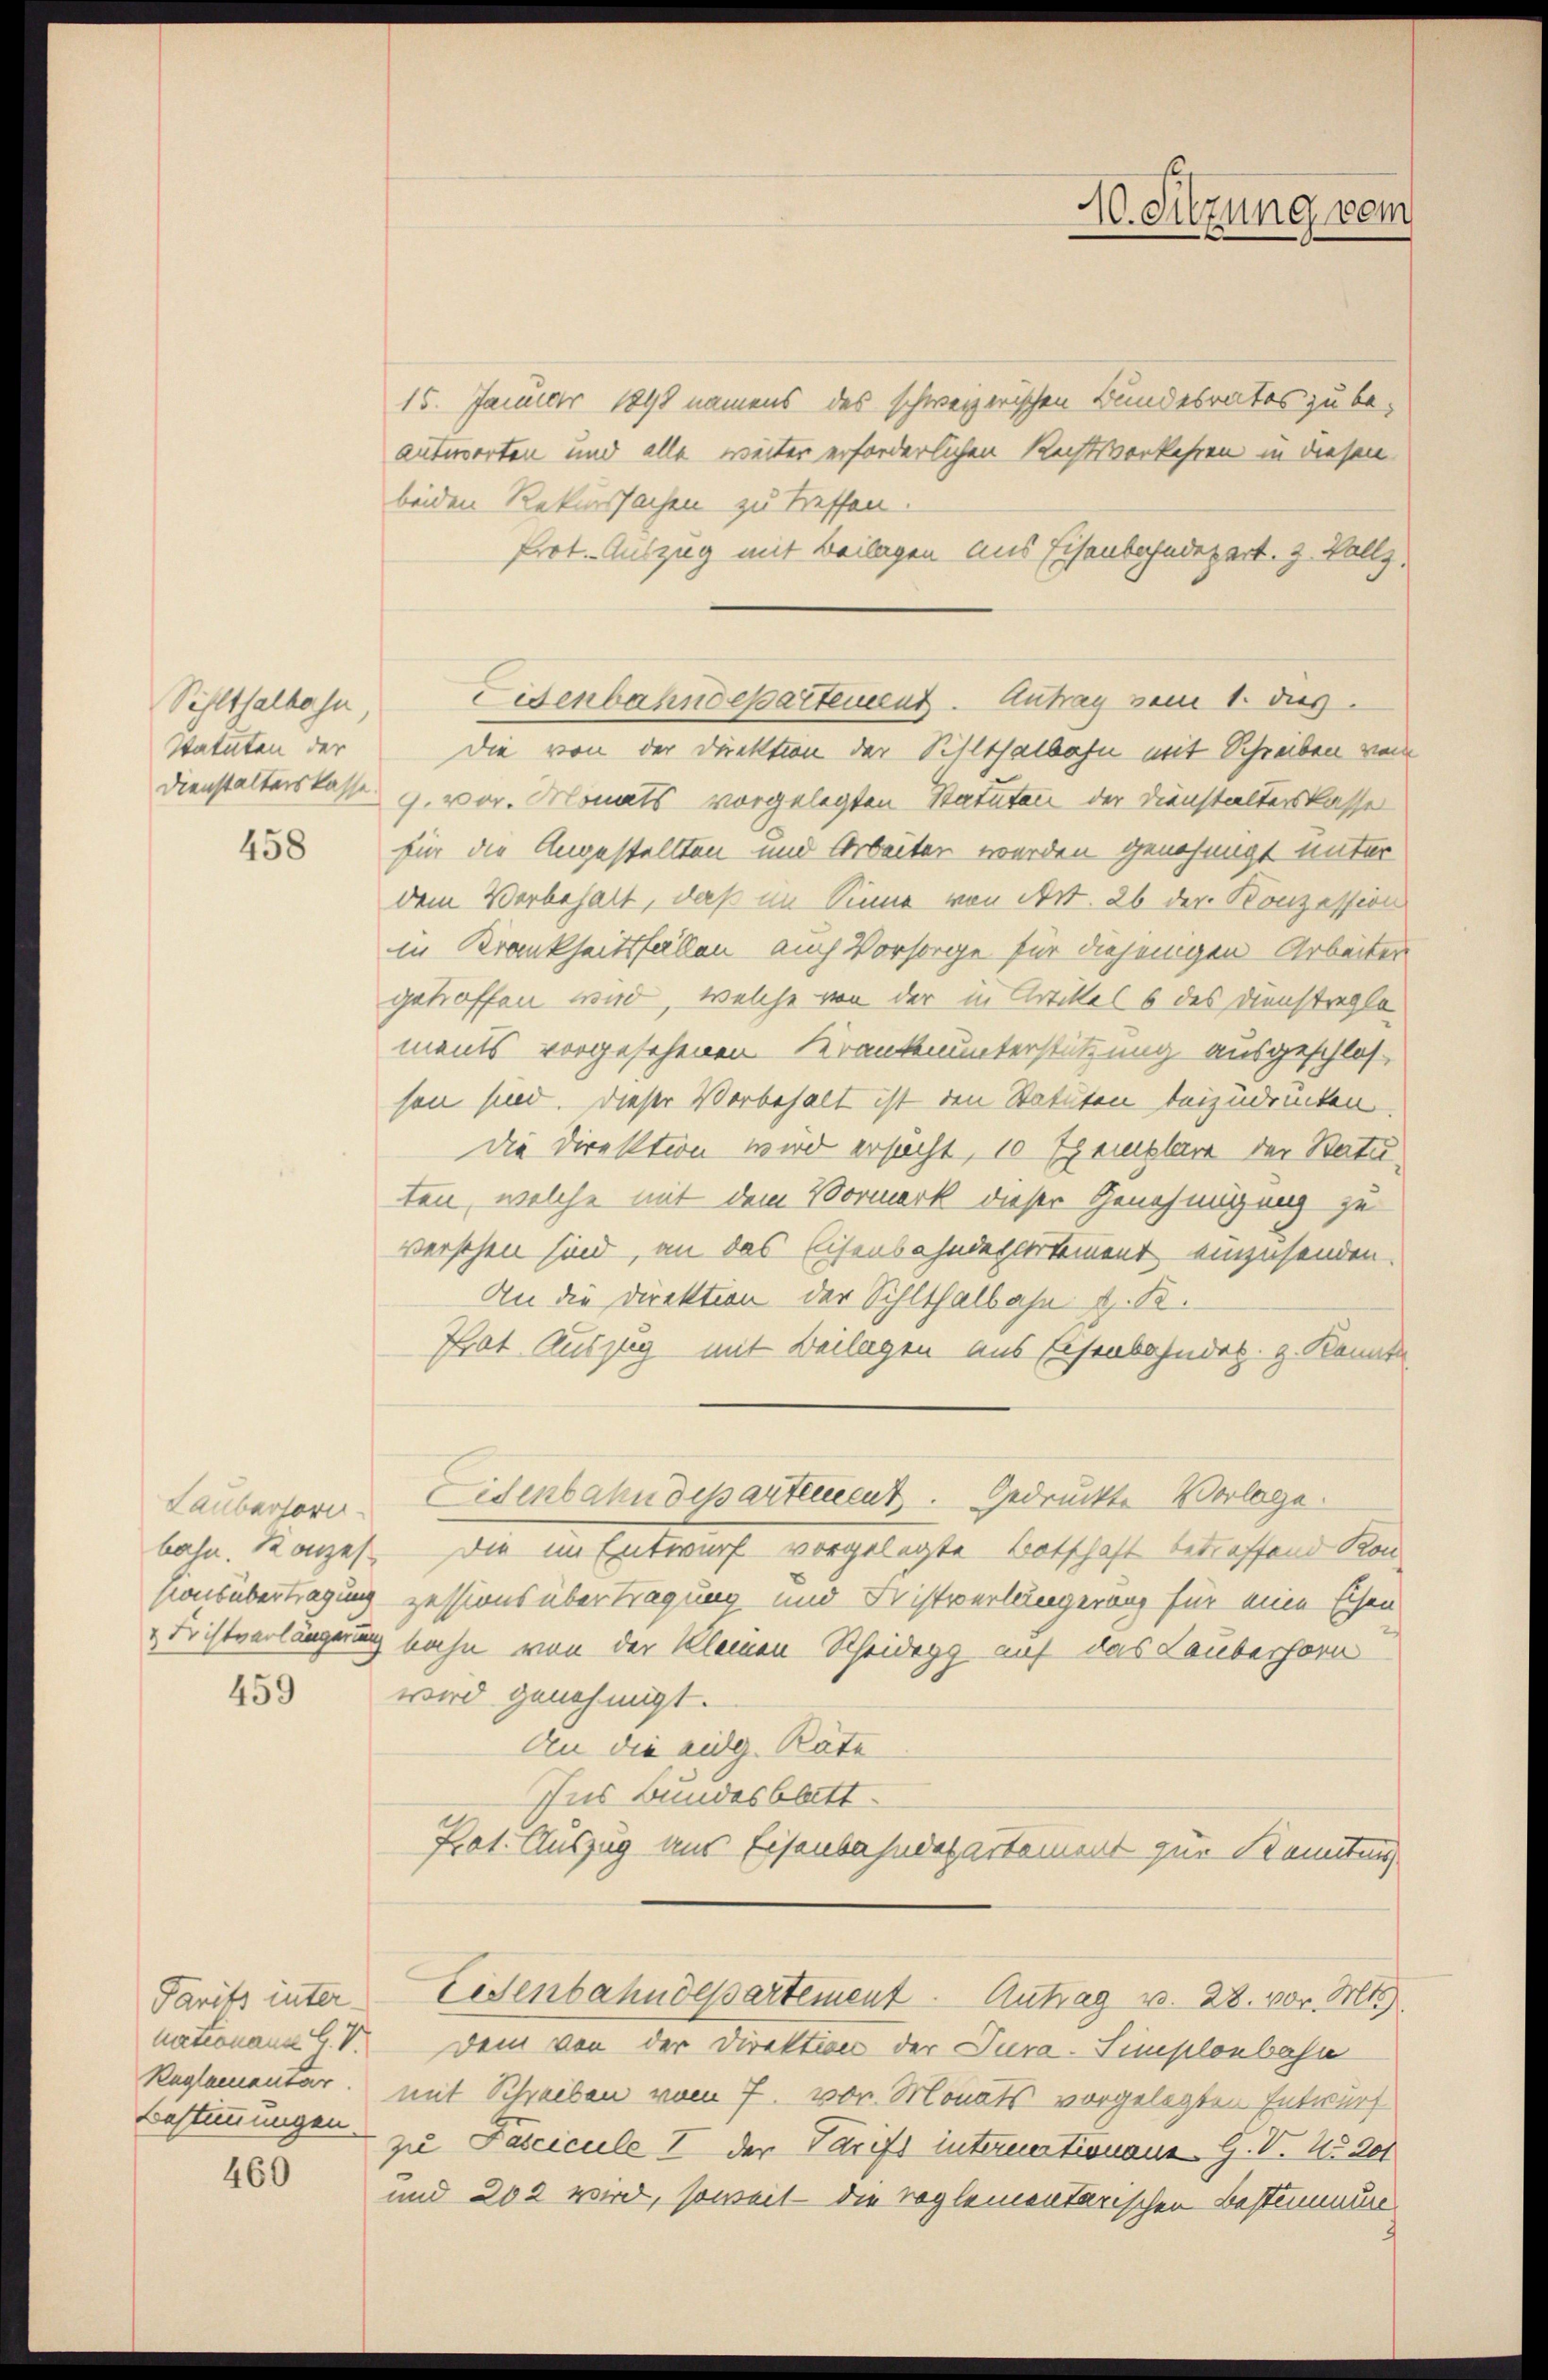
Sihlthalbahn,
Statuten der
Dienstalterskasse

458

Laubensovi

459

Parits inter-
nationana G. V.

460

15. Januar 1898 namens des schweizerischen Bundesrates zu be-
antworten und alle weiter erforderlichen Rechtsverkehren in diesen
beiden Rekurssachen zu treffen.
Prot. Auszug mit Beilagen aus Eisenbahndepart. 2. Vollz
die von der Direktion der Schlthalbahn mit Schreiben von
J. vor. Monats vorgelegten Statuten der Dienstalterskasse
für die Angestellten und Arbeiter werden genehmigt unter
dem Vorbehalt, daß im Sinne von Art. 26 der Konzession
in Krankheitsfällen auch Vorsorge für diejenigen Arbeiter
getroffen wird, welche von der in Artikel 6 des Dienstregle
ments vorgesehenen Krankenunterstützung ausgeschlos
sen sind. Dieser Vorbehalt ist den Statuten beizudrücken.
Die Direktion wird ersucht, 10 Exemplar der Statuten, welche mit dem Vormerk dieser Genehmigung zu
versehen sind, an das Eisenbahndepartement einzusenden.
An die Direktion der Sihlthalbahn z. B.
Trat Auszug mit Beilagen aus Eisenbahndes. z. Konnte
Eisenbahndepartement. Gedruckte Vorlage.
bahn. Konzes. Die im Entwurf vorgelegte Botschaft betreffend Konsionsübertragung zessions übertragung und Fristverlängerung für eine Eisen
Fristverlängerung bahn von der kleinen Scheidegg auf das Lauberhorn
wird genehmigt.
An die eidg. Räte
Ins Bundesblatt
Prot. Auszug aus Eisenbahndepartement zur Kenntnis
Eisenbahndepartement. Antrag v. 28. vor. Mts
Dem von der Direktion der Jura-Simplonbahn
Reglementar. mit Schreiben vom 7. vor. Monats vorgelegten Entwurf
Bestimmungen zu Fascicule I der Tarifs interertronaue G. V. No 201
und 202 wird, soweit die reglementarischen Bestimmung

Eisenbahndepartement. Antrag sein 1. dies

40. Sitzung vom